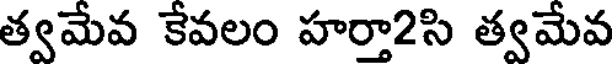
త్వమేవ కేవలం హర్తా2సి త్వమేవ